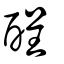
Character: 酲